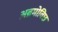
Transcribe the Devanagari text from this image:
अब्रमोविछ